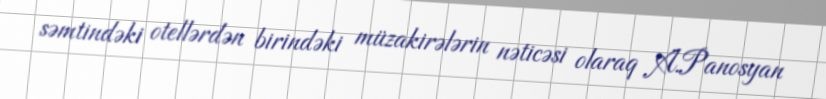
səmtindəki otellərdən birindəki müzakirələrin nəticəsi olaraq A.Panosyan